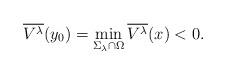
LaTeX: \begin{align*}\overline {V^\lambda}(y_0)=\min_{\Sigma_\lambda\cap\Omega} \overline {V^\lambda}(x) <0.\end{align*}